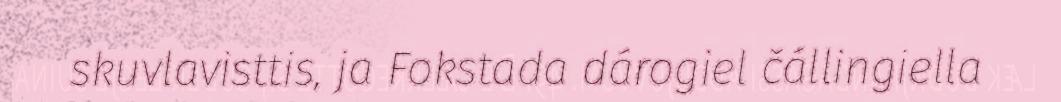
skuvlavisttis, ja Fokstada dárogiel čállingiella